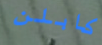
كابلن